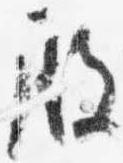
殿